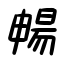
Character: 暢